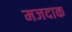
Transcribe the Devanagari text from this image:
मजदाक